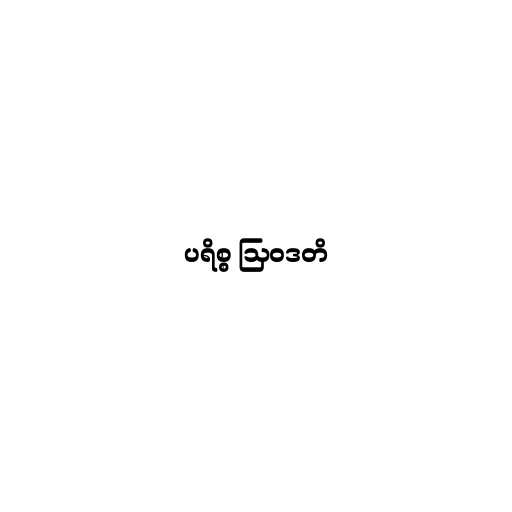
ပရိစ္စ ဩဝဒတိ